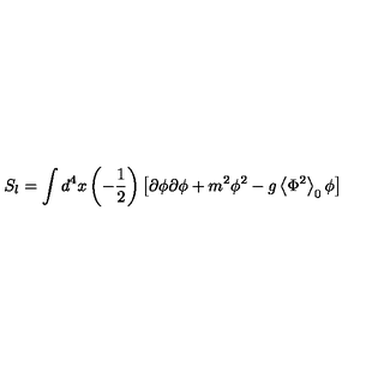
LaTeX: S _ { l } = \int d ^ { 4 } x \left( - \frac 1 2 \right) \left[ \partial \phi \partial \phi + m ^ { 2 } \phi ^ { 2 } - g \left\langle \Phi ^ { 2 } \right\rangle _ { 0 } \phi \right]